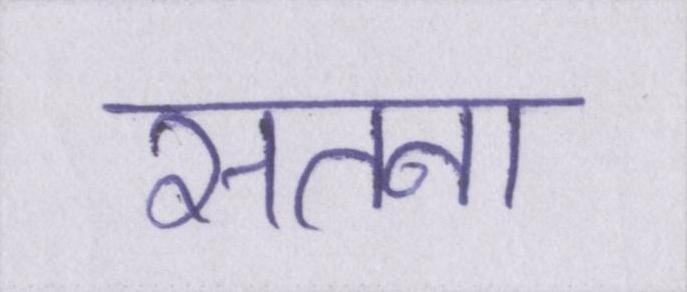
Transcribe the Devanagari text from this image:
सतना